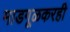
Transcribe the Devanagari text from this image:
माडगूळकरही